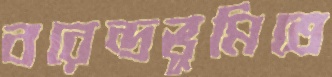
বরেন্দ্রভূমিতে